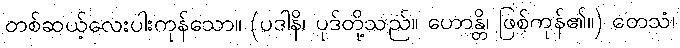
တစ်ဆယ့်လေးပါးကုန်သော။ (ပဒါနိ၊ ပုဒ်တို့သည်။ ဟောန္တိ၊ ဖြစ်ကုန်၏။) တေသံ၊